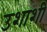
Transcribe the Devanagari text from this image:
उशाशी